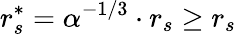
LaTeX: r_{s}^{*}=\alpha^{-1/3}\cdot r_{s}\ge r_{s}